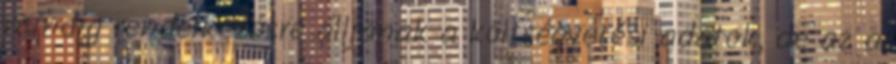
mindig rendelkezésre álljanak a költségvetési adatok, de az a